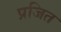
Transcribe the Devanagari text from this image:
प्रजित